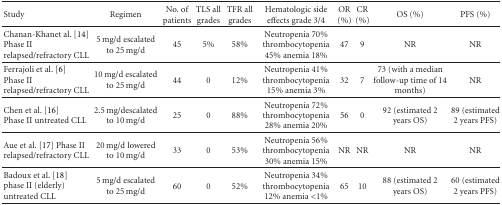
<table><thead><tr><td><b>Study</b></td><td><b>Regimen</b></td><td><b>No. of patients</b></td><td><b>TLS all grades</b></td><td><b>TFR all grades</b></td><td><b>Hematologic side effects grade 3/4</b></td><td><b>OR (%)</b></td><td><b>CR (%)</b></td><td><b>OS (%)</b></td><td><b>PFS (%)</b></td></tr></thead><tbody><tr><td>Chanan-Khanet al. [14] Phase IIrelapsed/refractory CLL</td><td>5 mg/d escalated to 25 mg/d</td><td>45</td><td>5%</td><td>58%</td><td>Neutropenia 70% thrombocytopenia 45% anemia 18%</td><td>47</td><td>9</td><td>NR</td><td>NR</td></tr><tr><td>Ferrajoli et al. [6]Phase II relapsed/refractory CLL</td><td>10 mg/d escalated to 25 mg/d</td><td> 44</td><td>0</td><td>12%</td><td>Neutropenia 41% thrombocytopenia 15% anemia 3%</td><td>32</td><td>7</td><td>73 (with a median follow-up time of 14 months)</td><td>NR</td></tr><tr><td>Chen et al. [16]Phase II untreated CLL</td><td>2.5 mg/descalated to 10 mg/d</td><td>25</td><td>0</td><td>88%</td><td>Neutropenia 72% thrombocytopenia 28% anemia 20%</td><td>56</td><td>0</td><td>92 (estimated 2 years OS)</td><td>89 (estimated 2 years PFS)</td></tr><tr><td>Aue et al. [17] Phase IIrelapsed/refractory CLL</td><td>20 mg/d lowered to 10 mg/d</td><td>33</td><td>0</td><td>53%</td><td>Neutropenia 56% thrombocytopenia 30% anemia 15%</td><td>NR</td><td>NR</td><td>NR</td><td>NR</td></tr><tr><td>Badoux et al. [18]phase II (elderly) untreated CLL</td><td>5 mg/d escalated to 25 mg/d</td><td>60</td><td>0</td><td>52%</td><td>Neutropenia 34% thrombocytopenia 12% anemia &lt;1%</td><td>65</td><td>10</td><td>88 (estimated 2 years OS)</td><td>60 (estimated 2 years PFS)</td></tr></tbody></table>